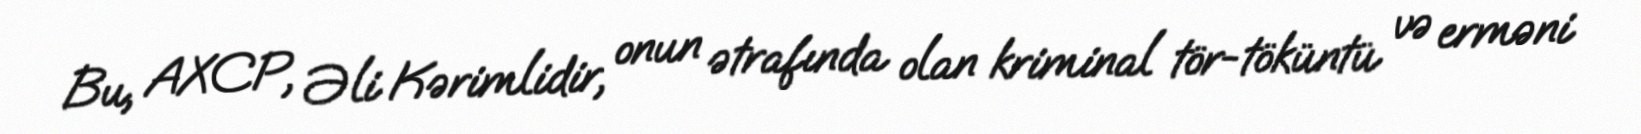
Bu, AXCP, Əli Kərimlidir, onun ətrafında olan kriminal tör-töküntü və erməni